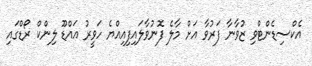
އެކްސިޑެންޓްވި ޒުވާނާ ފަރުވާ އަށް މާލެ ފޮނުވާލައިފިއިއްޔެ ހަވީރު އައްޑޫ ލިންކް ރޯޑްގައި